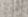
خذوني